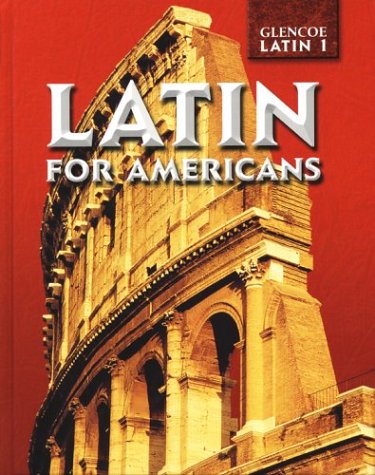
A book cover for Latin for Americans Level 1, Student Edition (English and Latin Edition); B. L. Ulmann; Teen & Young Adult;